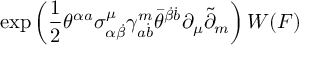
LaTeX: \exp \left( \frac 1 2 \theta ^ { \alpha a } \sigma _ { \alpha \dot { \beta } } ^ { \mu } \gamma _ { a \dot { b } } ^ { m } \bar { \theta } ^ { \dot { \beta } \dot { b } } \partial _ { \mu } \tilde { \partial } _ { m } \right) W ( F )